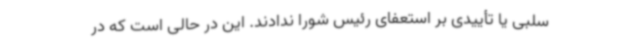
سلبی یا تأییدی بر استعفای رئیس شورا ندادند. این در حالی است که در